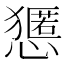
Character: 𱮬